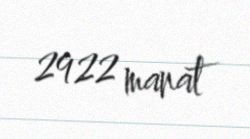
2922 manat